Lunatic asylums Punjab 1868-1880 - 1868-1880
Year: 1868
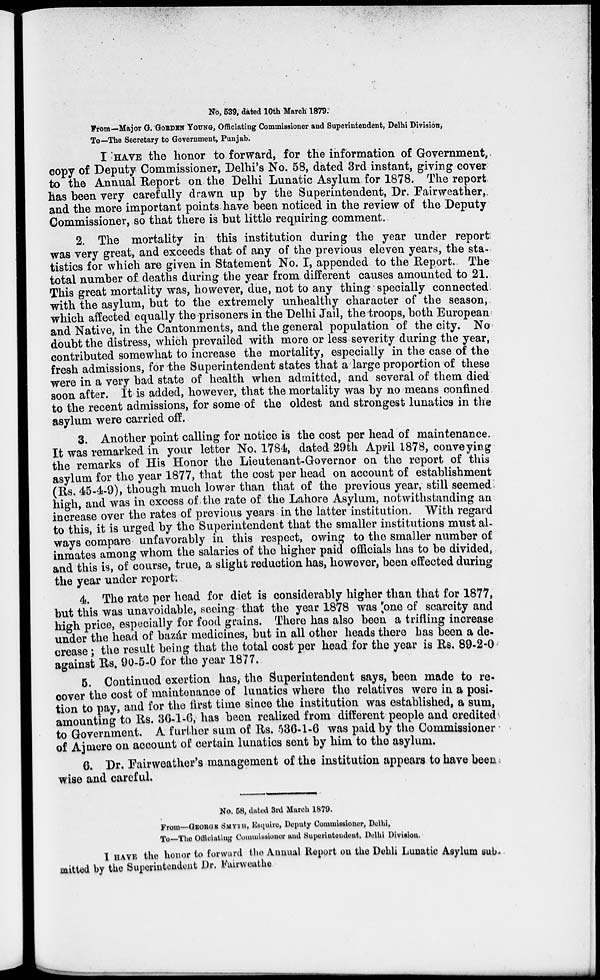
No, 539, dated 10th March 1879.
From—Major G. GORDEN YOUNG, Officiating Commissioner and Superintendent, Delhi Division,
To—The Secretary to Government, Punjab.
I HAVE the honor to forward, for the information of Government,
copy of Deputy Commissioner, Delhi's No. 58, dated 3rd instant, giving cover
to the Annual Report on the Delhi Lunatic Asylum for 1878. The report
has been very carefully drawn up by the Superintendent, Dr. Fairweather,
and the more important points have been noticed in the review of the Deputy
Commissioner, so that there is but little requiring comment.
2. The mortality in this institution during the year under report
was very great, and exceeds that of any of the previous eleven years, the sta-
tistics for which are given in Statement No. I, appended to the Report. The
total number of. deaths during the year from different causes amounted to 21.
This great mortality was, however, due, not to any thing specially connected
with the asylum, but to the extremely unhealthy character of the season,
which affected equally the prisoners in the Delhi Jail, the troops, both European
and Native, in the Cantonments, and the general population of the city. No
doubt the distress, which prevailed with more or less severity during the year,
contributed somewhat to increase the mortality, especially in the case of the
fresh admissions, for the Superintendent states that a large proportion of these
were in a very bad state of health when admitted, and several of them died
soon after. It is added, however, that the mortality was by no means confined
to the recent admissions, for some of the oldest and strongest lunatics in the
asylum were carried off.
3. Another point calling for notice is the cost per head of maintenance.
It was remarked in your letter No. 1784, dated 29th April 1878, conveying
the remarks of His Honor the Lieutenant-Governor on the report of this
asylum for the year 1877, that the cost per head on account of establishment
(Rs. 45-4-9), though much lower than that of the previous year, still seemed
high, and was in excess of the rate of the Lahore Asylum, notwithstanding an
increase over the rates of previous years in the latter institution. With regard
to this, it is urged by the Superintendent that the smaller institutions must al-
ways compare unfavorably in this respect, owing to the smaller number of
inmates among whom the salaries of the higher paid officials has to be divided,
and this is, of course, true, a slight reduction has, however, been effected during
the year under report.
4. The rate per head for diet is considerably higher than that for 1877,
but this was unavoidable, seeing that the year 1878 was one of scarcity and
high price, especially for food grains. There has also been a trifling increase
under the head of bazár medicines, but in all other heads there has been a de-
crease ; the result being that the total cost per head for the year is Rs. 89-2-0
against Rs. 90-5-0 for the year 1877.
5. Continued exertion has, the Superintendent says, been made to re-
cover the cost of maintenance of lunatics where the relatives were in a posi-
tion to pay, and for the first time since the institution was established, a sum,
amounting to Rs. 36-1-6, has been realized from different people and credited
to Government. A further sum of Rs. 536-1-6 was paid by the Commissioner
of Ajmere on account of certain lunatics sent by him to the asylum.
6. Dr. Fairweather's management of the institution appears to have been
wise and careful.
No. 58, dated 3rd March 1879.
From—GEORGE SMYTH, Esquire, Deputy Commissioner, Delhi,
To—The Officiating Commissioner and Superintendent, Delhi Division.
I HAVE the honor to forward the Annual Report on the Dehli Lunatic Asylum sub-
mitted by the Superintendent Dr. Fairweather